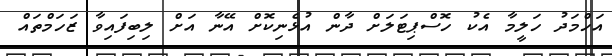
އަހްމަދު ހަލީމާ އެކު ހޮސްޕިޓަލަށް ދާން އުޅެނިކޮށް އޭނާ އަށް ލިބިފައިވާ ޒަހަމްތައް